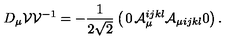
D _ { \mu } { \cal V } { \cal V } ^ { - 1 } = - { \frac { 1 } { 2 \sqrt 2 } } \left( \begin{matrix} { 0 } & { { \cal A } _ { \mu } ^ { i j k l } } \\ { { \cal A } _ { \mu i j k l } } & { 0 } \\ \end{matrix} \right) .